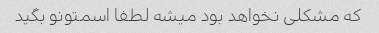
که مشکلی نخواهد بود میشه لطفا اسمتونو بگید